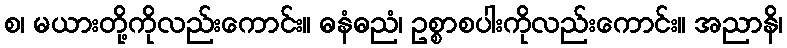
စ၊ မယားတို့ကိုလည်းကောင်း။ ဓနံဓညံ၊ ဥစ္စာစပါးကိုလည်းကောင်း။ အညာနိ၊